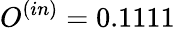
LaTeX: O^{(in)}=0.1111